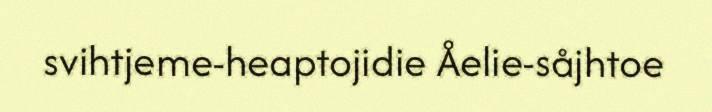
svihtjeme-heaptojidie Åelie-såjhtoe